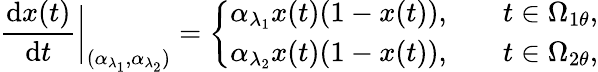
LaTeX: \frac{\textrm{d}x(t)}{\textrm{d}t}\bigg|_{(\alpha_{\lambda_{1}},\alpha_{\lambda_{2}})}=\left\{ \begin{array}{rlr}{\alpha_{\lambda_{1}}x(t)(1-x(t)),}&{}&{t\in\Omega_{1\theta},}\\ {\alpha_{\lambda_{2}}x(t)(1-x(t)),}&{}&{t\in\Omega_{2\theta},}\end{array}\right.